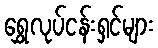
ရွှေလုပ်ငန်းရှင်များ